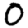
Digit: 0